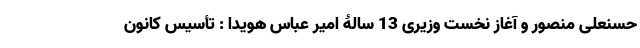
حسنعلی منصور و آغاز نخست وزیری 13 سالۀ امیر عباس هویدا : تأسیس کانون